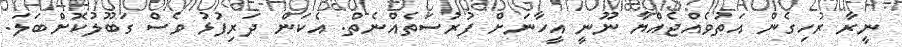
ނީރާ ރުހިގެން އަތުވެއްޖެއްޔާ ނޫނީ އީހާނަށް ފުރުސަތެއްނެތް. އެކަން ދަރިފުޅު ވެސް ގަބޫލުކޮށްބަލަ.